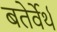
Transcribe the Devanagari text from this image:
बतेर्वेर्थ